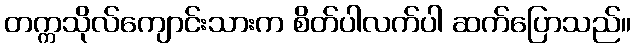
တက္ကသိုလ်ကျောင်းသားက စိတ်ပါလက်ပါ ဆက်ပြောသည်။